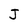
Character: J